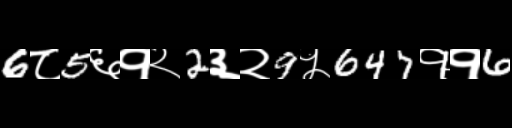
Text: 6८5६१२2३२9५647११6